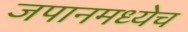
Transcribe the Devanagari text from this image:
जपानमध्येच